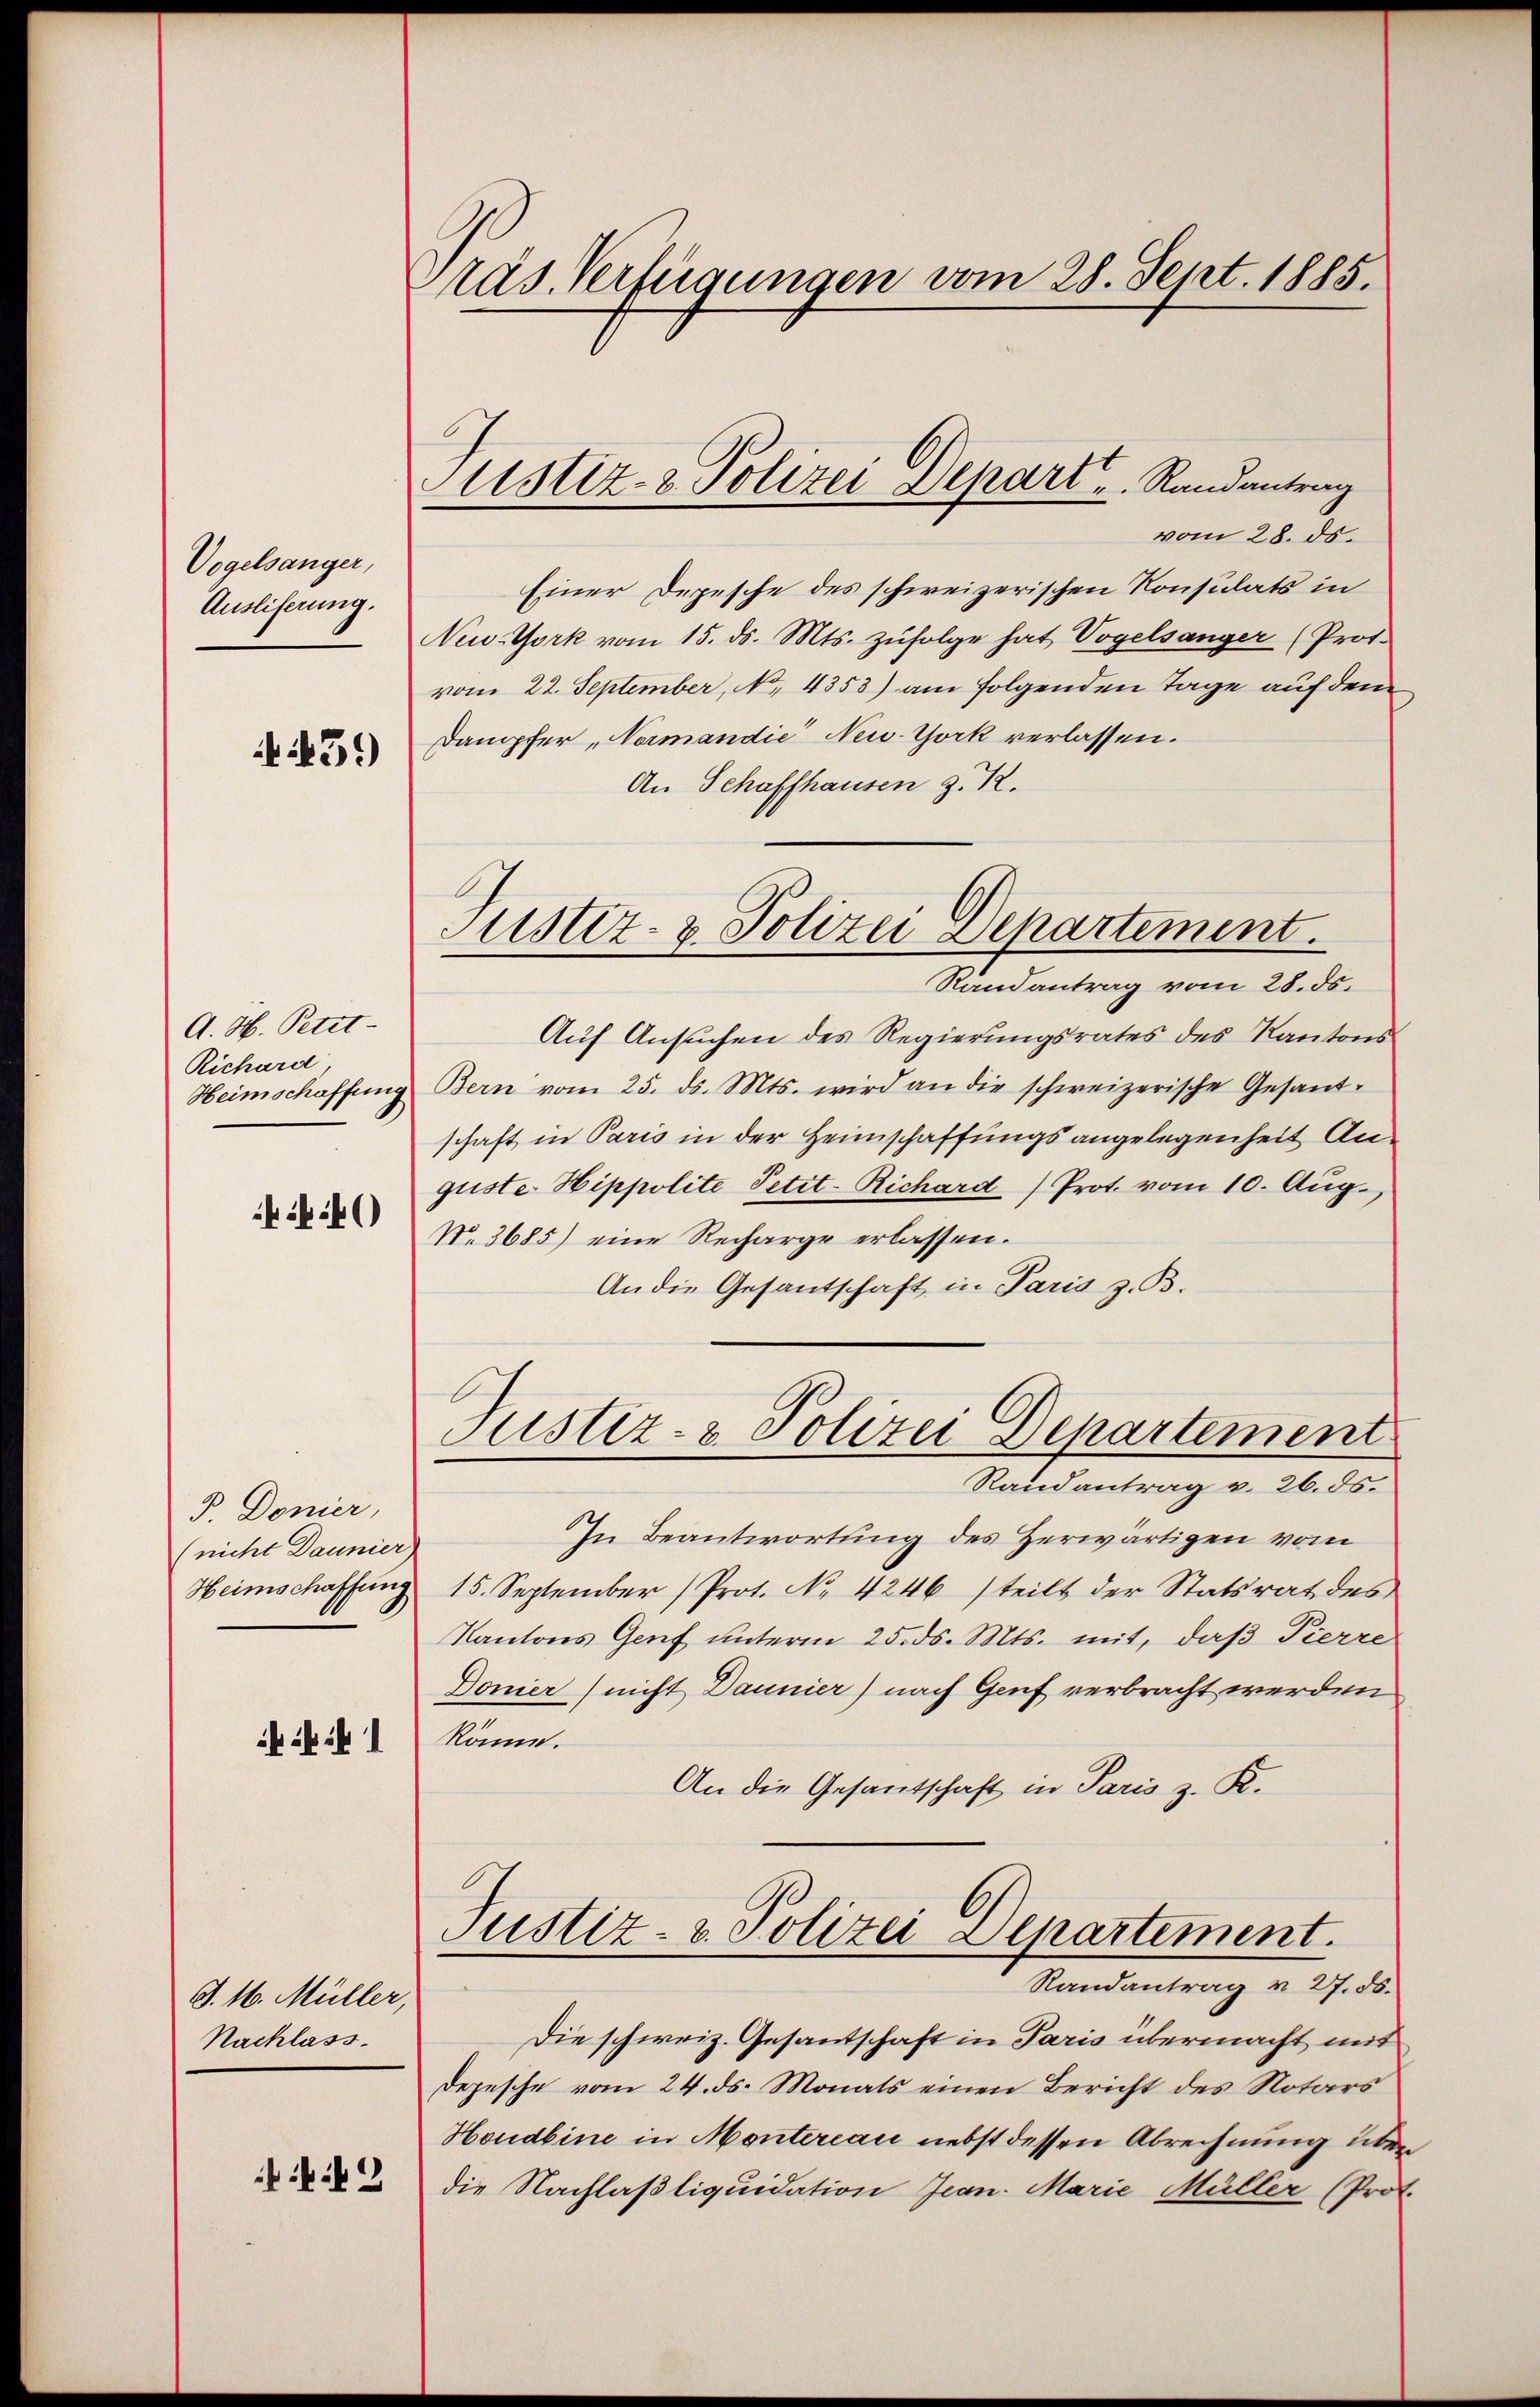
Vogelsanger,
Ausliferung.

459)

A. H. Petit-
Richard
Heimschaffung
4

P Donier,
(nicht Daunier
Heimschaffung
iki 1

J. 16. Müller,
Nachlass.
2

Präs. Verfügungen vom 28. Sept. 1885.

Sistiz- & Polizei Depart ..  Randantrag
vom 28. ds.

Einer Depesche des schweizerischen Konsulats in
New-York vom 15. ds. Mts. zufolge hat Vogelsanger (Prof.
vom 22. September, No. 4353) am folgenden Tage auf dem
Dampfer Normandie New-York verlassen.
An Schaffhausen z. R.
Auf Ansuchen des Regierungsrates des Kantons
Bern vom 25. ds. Mts. wird an die schweizerische Gesandschaft in Paris in der Heimschaffungsangelegenheit Anguste Hippolite Petit-Richard Prot. vom 10. Aug.
No. 3685) eine Recharge erlassen.
An die Gesantschaft in Paris z. B.
Justiz- & Polizei Departement
Randantrag v. 26. ds.
In Beantwortung des Herwärtigen vom
15. September (Prot. No 4246 (teilt der Statsrat des
Kantons Genf unterm 25. ds. Mts. mit, daß Pierre
Donier (nicht Daunier) nach Genf verbracht werden
könne.
An die Gesantschaft in Paris z. K.
Justiz- & Polizei Separtement.
Randantrag v. 27. 56.
Die schweiz. Gesantschaft in Paris übermacht mit
Depesche vom 24. ds. Monats einen Bericht des Notars
Houdbine in Montereau nebst dessen Abrechnung über
die Nachlaßliquidation Jean. Marie Müller (Prot.

Justiz- & Polizei Departement.
Randantrag vom 28. ds.